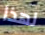
لهذا